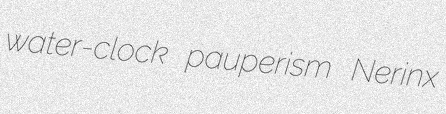
water-clock pauperism Nerinx